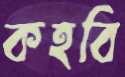
কহবি